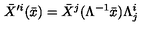
\bar { X } ^ { \prime i } ( \bar { x } ) = \bar { X } ^ { j } ( \Lambda ^ { - 1 } \bar { x } ) \Lambda _ { j } ^ { i }